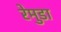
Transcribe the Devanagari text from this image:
रेमुडा